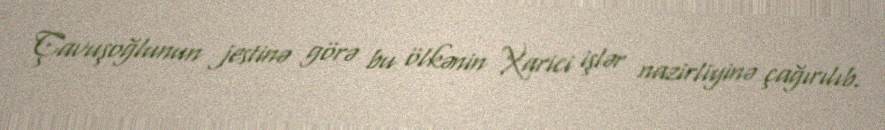
Çavuşoğlunun jestinə görə bu ölkənin Xarici işlər nazirliyinə çağırılıb.